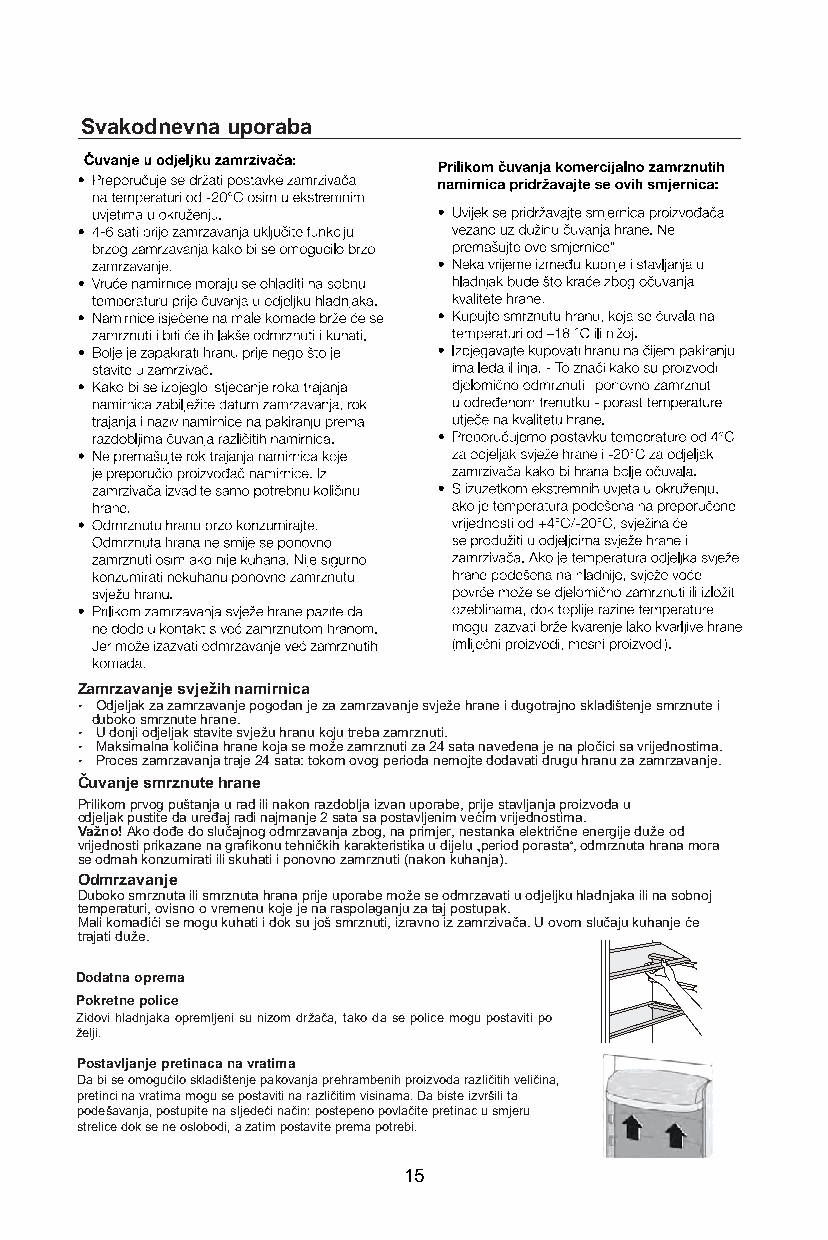
Svakodnevna uporaba
 –
 Zamrzavanje svježih namirnica
 • Odjeljak za zamrzavanje pogodan je za zamrzavanje svježe hrane i dugotrajno skladištenje smrznute i
 duboko smrznute hrane.
 • U donji odjeljak stavite svježu hranu koju treba zamrznuti.
 • Maksimalna količina hrane koja se može zamrznuti za 24 sata navedena je na pločici sa vrijednostima.
 • Proces zamrzavanja traje 24 sata: tokom ovog perioda nemojte dodavati drugu hranu za zamrzavanje.
 Čuvanje smrznute hrane
 Prilikom prvog puštanja u rad ili nakon razdoblja izvan uporabe, prije stavljanja proizvoda u
 odjeljak pustite da uređaj radi najmanje 2 sata sa postavljenim većim vrijednostima.
 Važno! Ako dođe do slučajnog odmrzavanja zbog, na primjer, nestanka električne energije duže od
 vrijednosti prikazane na grafikonu tehničkih karakteristika u dijelu „period porasta“, odmrznuta hrana mora
 se odmah konzumirati ili skuhati i ponovno zamrznuti (nakon kuhanja).
 Odmrzavanje
 Duboko smrznuta ili smrznuta hrana prije uporabe može se odmrzavati u odjeljku hladnjaka ili na sobnoj
 temperaturi, ovisno o vremenu koje je na raspolaganju za taj postupak.
 Mali komadići se mogu kuhati i dok su još smrznuti, izravno iz zamrzivača. U ovom slučaju kuhanje će
 trajati duže.
 Dodatna oprema
 Pokretne police
 Zidovi hladnjaka opremljeni su nizom držača, tako da se police mogu postaviti po
 želji.
 Postavljanje pretinaca na vratima
 Da bi se omogućilo skladištenje pakovanja prehrambenih proizvoda različitih veličina,
 pretinci na vratima mogu se postaviti na različitim visinama. Da biste izvršili ta
 podešavanja, postupite na sljedeći način: postepeno povlačite pretinac u smjeru
 strelice dok se ne oslobodi, a zatim postavite prema potrebi.
 15